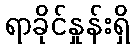
ရာခိုင်နှုန်းရှိ